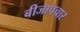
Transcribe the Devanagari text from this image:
बीजापचार